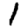
Digit: 1